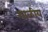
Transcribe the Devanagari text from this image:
गाळीय